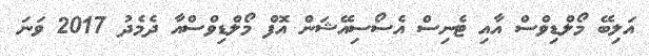
އަލިބޭ މޯލްޑިވްސް އާއި ޓެނިސް އެސޯސިއޭޝަން އޮފް މޯލްޑިވްސްއާ ދެމެދު 2017 ވަނަ